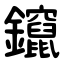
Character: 鑹